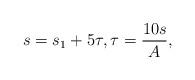
LaTeX: \begin{align*}s =s_1 + 5\tau, \tau = \frac{10 s}{A},\end{align*}